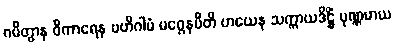
ဂမိတွာန ဝိကာရေန ဗဟိဂါမံ မဂ္ဂေနပီတိ ဟယေန သက္ကာယဒိဋ္ဌိံ ပုဏ္ဏမာယ